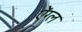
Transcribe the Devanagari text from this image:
ऐंग्ल